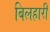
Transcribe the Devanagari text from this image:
बिलहारी